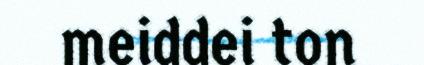
meiddei ton